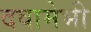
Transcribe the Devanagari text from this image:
दवामेभी